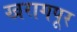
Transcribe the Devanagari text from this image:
खरागपूर